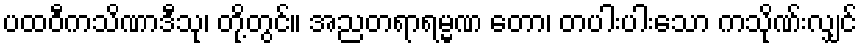
ပထဝီကသိဏာဒီသု၊ တို့တွင်။ အညတရာရမ္မဏ တော၊ တပါးပါးသော ကသိုဏ်းလျှင်